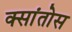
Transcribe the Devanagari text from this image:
क्सांतोस